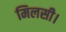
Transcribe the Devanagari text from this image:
मिलसी।